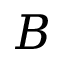
B